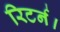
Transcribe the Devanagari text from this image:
रिटर्न।